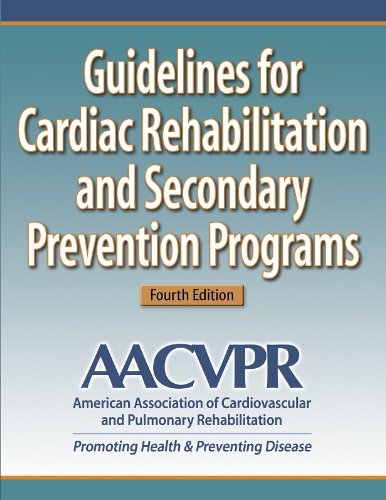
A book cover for Guidelines for Cardiac Rehabilitation and Secondary Prevention Programs-4th Edition; AACVPR; Health, Fitness & Dieting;